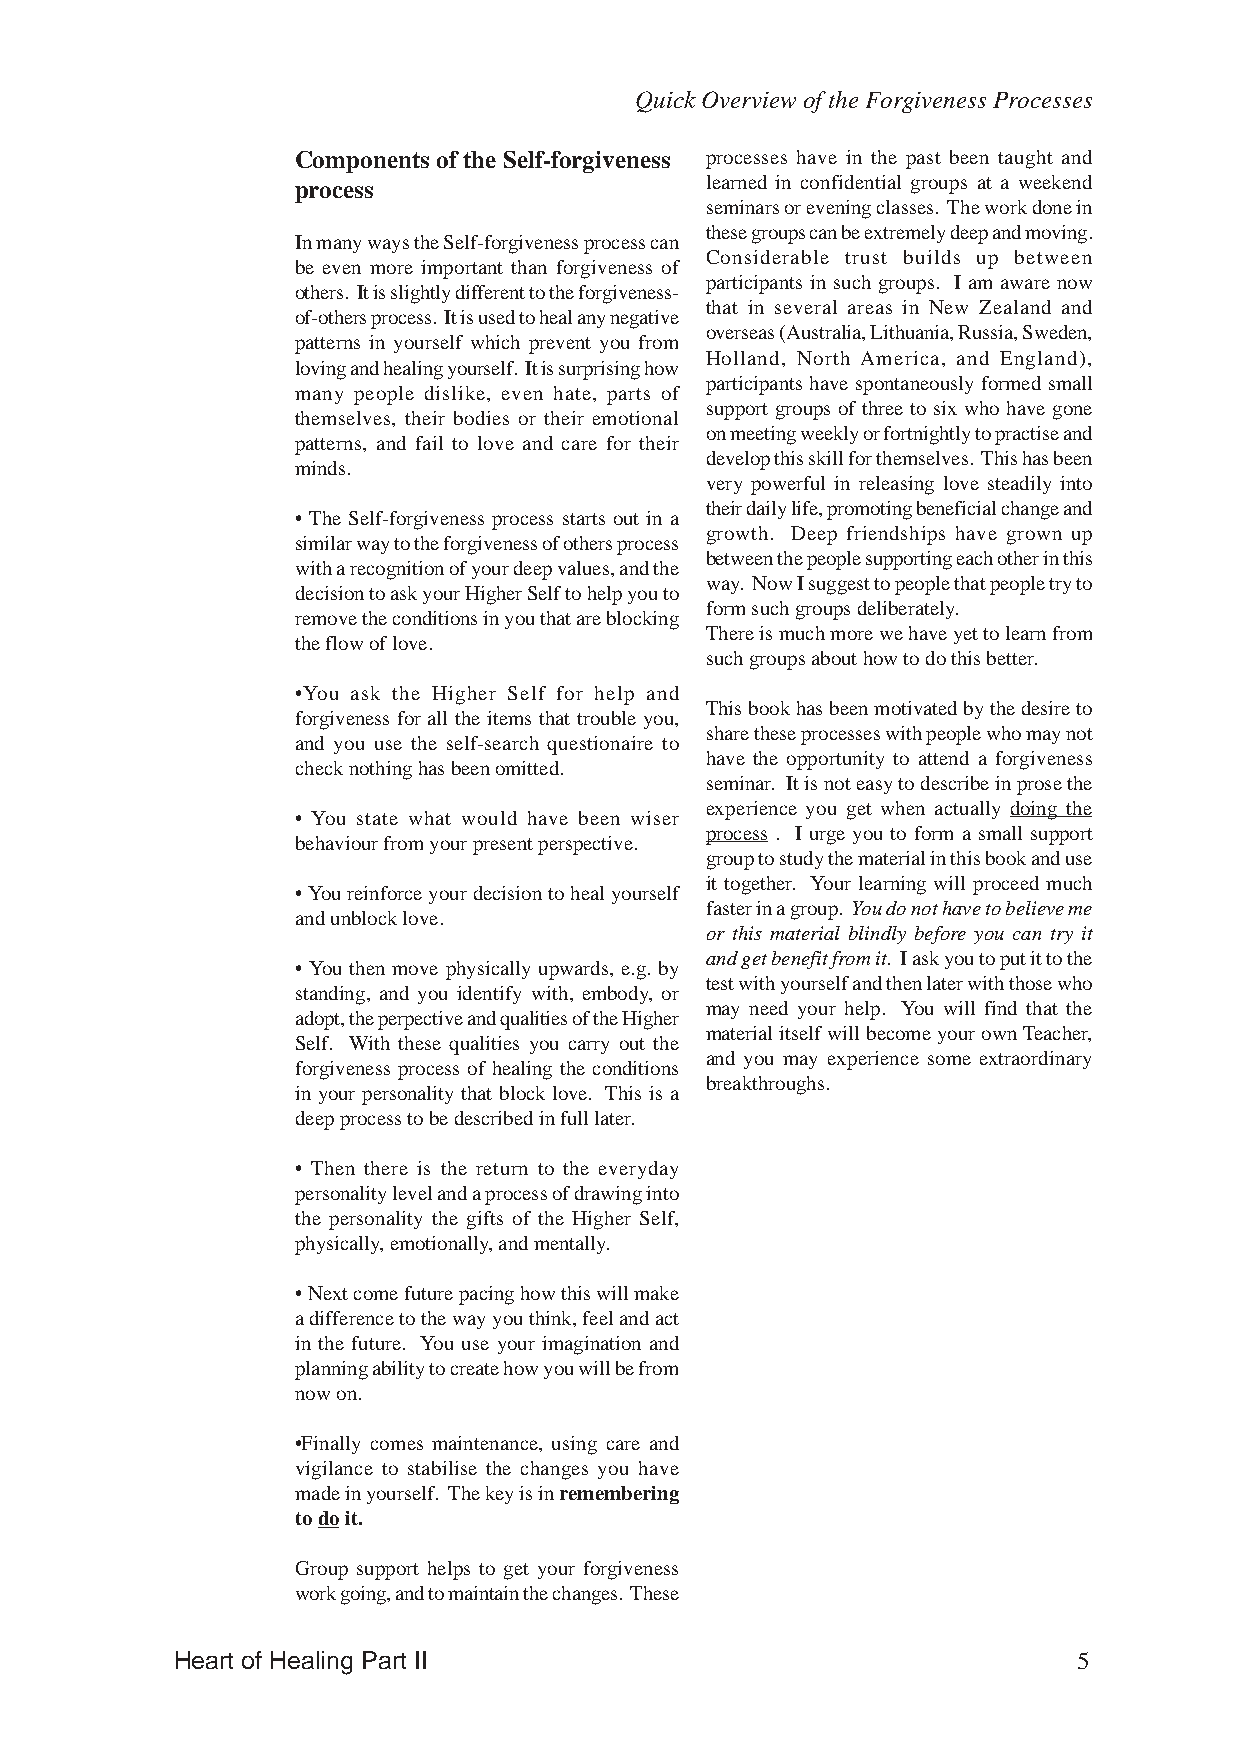
Quick Overview of the Forgiveness Processes
 Components of the Self-forgiveness processes have in the past been taught and
 process                    learned in confidential groups at a weekend
 seminars or evening classes. The work done in
 these groups can be extremely deep and moving.
 In many ways the Self-forgiveness process can
 Considerable trust builds up between
 be even more important than forgiveness of
 participants in such groups. I am aware now
 others. It is slightly different to the forgiveness-
 that in several areas in New Zealand and
 of-others process. It is used to heal any negative
 overseas (Australia, Lithuania, Russia, Sweden,
 patterns in yourself which prevent you from
 Holland, North America, and England),
 loving and healing yourself. It is surprising how
 participants have spontaneously formed small
 many people dislike, even hate, parts of
 support groups of three to six who have gone
 themselves, their bodies or their emotional
 on meeting weekly or fortnightly to practise and
 patterns, and fail to love and care for their
 develop this skill for themselves. This has been
 minds.
 very powerful in releasing love steadily into
 their daily life, promoting beneficial change and
 • The Self-forgiveness process starts out in a
 growth. Deep friendships have grown up
 similar way to the forgiveness of others process
 between the people supporting each other in this
 with a recognition of your deep values, and the
 way. Now I suggest to people that people try to
 decision to ask your Higher Self to help you to
 form such groups deliberately.
 remove the conditions in you that are blocking
 There is much more we have yet to learn from
 the flow of love.
 such groups about how to do this better.
 •You ask the Higher Self for help and
 This book has been motivated by the desire to
 forgiveness for all the items that trouble you,
 share these processes with people who may not
 and you use the self-search questionaire to
 have the opportunity to attend a forgiveness
 check nothing has been omitted.
 seminar. It is not easy to describe in prose the
 experience you get when actually doing the
 • You state what would have been wiser
 process . I urge you to form a small support
 behaviour from your present perspective.
 group to study the material in this book and use
 it together. Your learning will proceed much
 • You reinforce your decision to heal yourself
 faster in a group. You do not have to believe me
 and unblock love.
 or this material blindly before you can try it
 and get benefit from it. I ask you to put it to the
 • You then move physically upwards, e.g. by
 test with yourself and then later with those who
 standing, and you identify with, embody, or
 may need your help. You will find that the
 adopt, the perpective and qualities of the Higher
 material itself will become your own Teacher,
 Self. With these qualities you carry out the
 and you may experience some extraordinary
 forgiveness process of healing the conditions
 breakthroughs.
 in your personality that block love. This is a
 deep process to be described in full later.
 • Then there is the return to the everyday
 personality level and a process of drawing into
 the personality the gifts of the Higher Self,
 physically, emotionally, and mentally.
 • Next come future pacing how this will make
 a difference to the way you think, feel and act
 in the future. You use your imagination and
 planning ability to create how you will be from
 now on.
 •Finally comes maintenance, using care and
 vigilance to stabilise the changes you have
 made in yourself. The key is in remembering
 to do it.
 Group support helps to get your forgiveness
 work going, and to maintain the changes. These
 Heart of Healing Part II                                   5